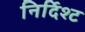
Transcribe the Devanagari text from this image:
निर्दिश्ट